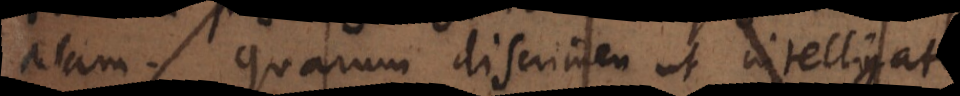
st. Quarum discrimen ut intelligatur